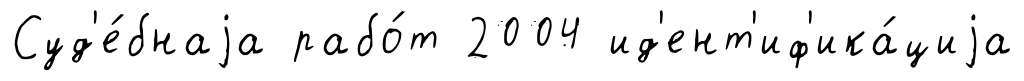
Суд'е́бнаjа рабо́т 2004 ид'ент'иф'ика́циjа